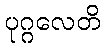
ပုဂ္ဂလေတိ